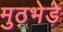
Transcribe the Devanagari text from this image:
मुठभेडे